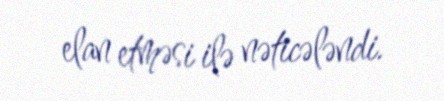
elan etməsi ilə nəticələndi.